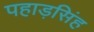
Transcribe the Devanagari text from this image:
पहाड़सिंह